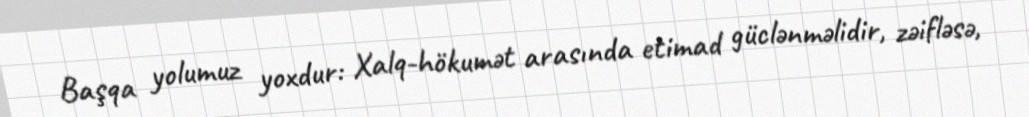
Başqa yolumuz yoxdur: Xalq-hökumət arasında etimad güclənməlidir, zəifləsə,